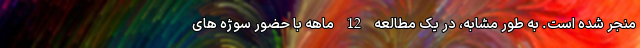
منجر شده است. به طور مشابه، در یک مطالعه 12 ماهه با حضور سوژه های